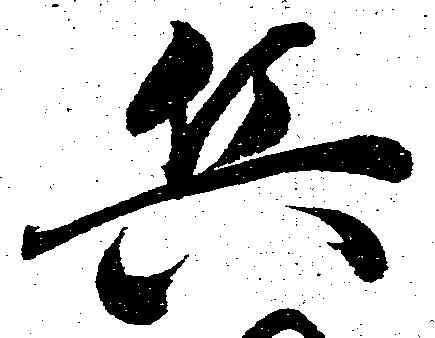
兵